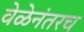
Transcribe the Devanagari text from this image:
वेळेनंतरच